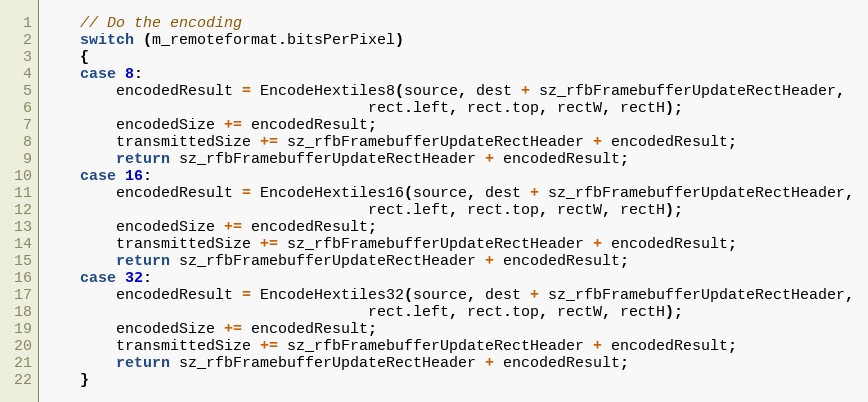
Language: C++
	// Do the encoding
    switch (m_remoteformat.bitsPerPixel)
	{
	case 8:
		encodedResult = EncodeHextiles8(source, dest + sz_rfbFramebufferUpdateRectHeader,
									rect.left, rect.top, rectW, rectH);
		encodedSize += encodedResult;
		transmittedSize += sz_rfbFramebufferUpdateRectHeader + encodedResult;
		return sz_rfbFramebufferUpdateRectHeader + encodedResult;
    case 16:
		encodedResult = EncodeHextiles16(source, dest + sz_rfbFramebufferUpdateRectHeader,
									rect.left, rect.top, rectW, rectH);
		encodedSize += encodedResult;
		transmittedSize += sz_rfbFramebufferUpdateRectHeader + encodedResult;
		return sz_rfbFramebufferUpdateRectHeader + encodedResult;
    case 32:
		encodedResult = EncodeHextiles32(source, dest + sz_rfbFramebufferUpdateRectHeader,
									rect.left, rect.top, rectW, rectH);
		encodedSize += encodedResult;
		transmittedSize += sz_rfbFramebufferUpdateRectHeader + encodedResult;
		return sz_rfbFramebufferUpdateRectHeader + encodedResult;
    }